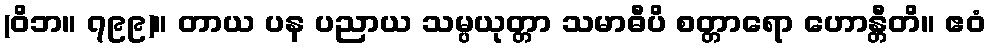
(ဝိဘ။ ၇၉၉)။ တာယ ပန ပညာယ သမ္ပယုတ္တာ သမာဓီပိ စတ္တာရော ဟောန္တီတိ။ ဧဝံ